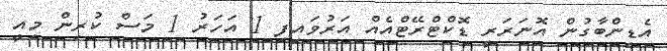
އެޑިންބާގުން އޮނަރަރީ ޑޮކްޓްރޭޓްއެއް އަރުވައިފި 1 އަހަރު 1 މަސް ކުރިން މިއީ